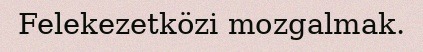
Felekezetközi mozgalmak.